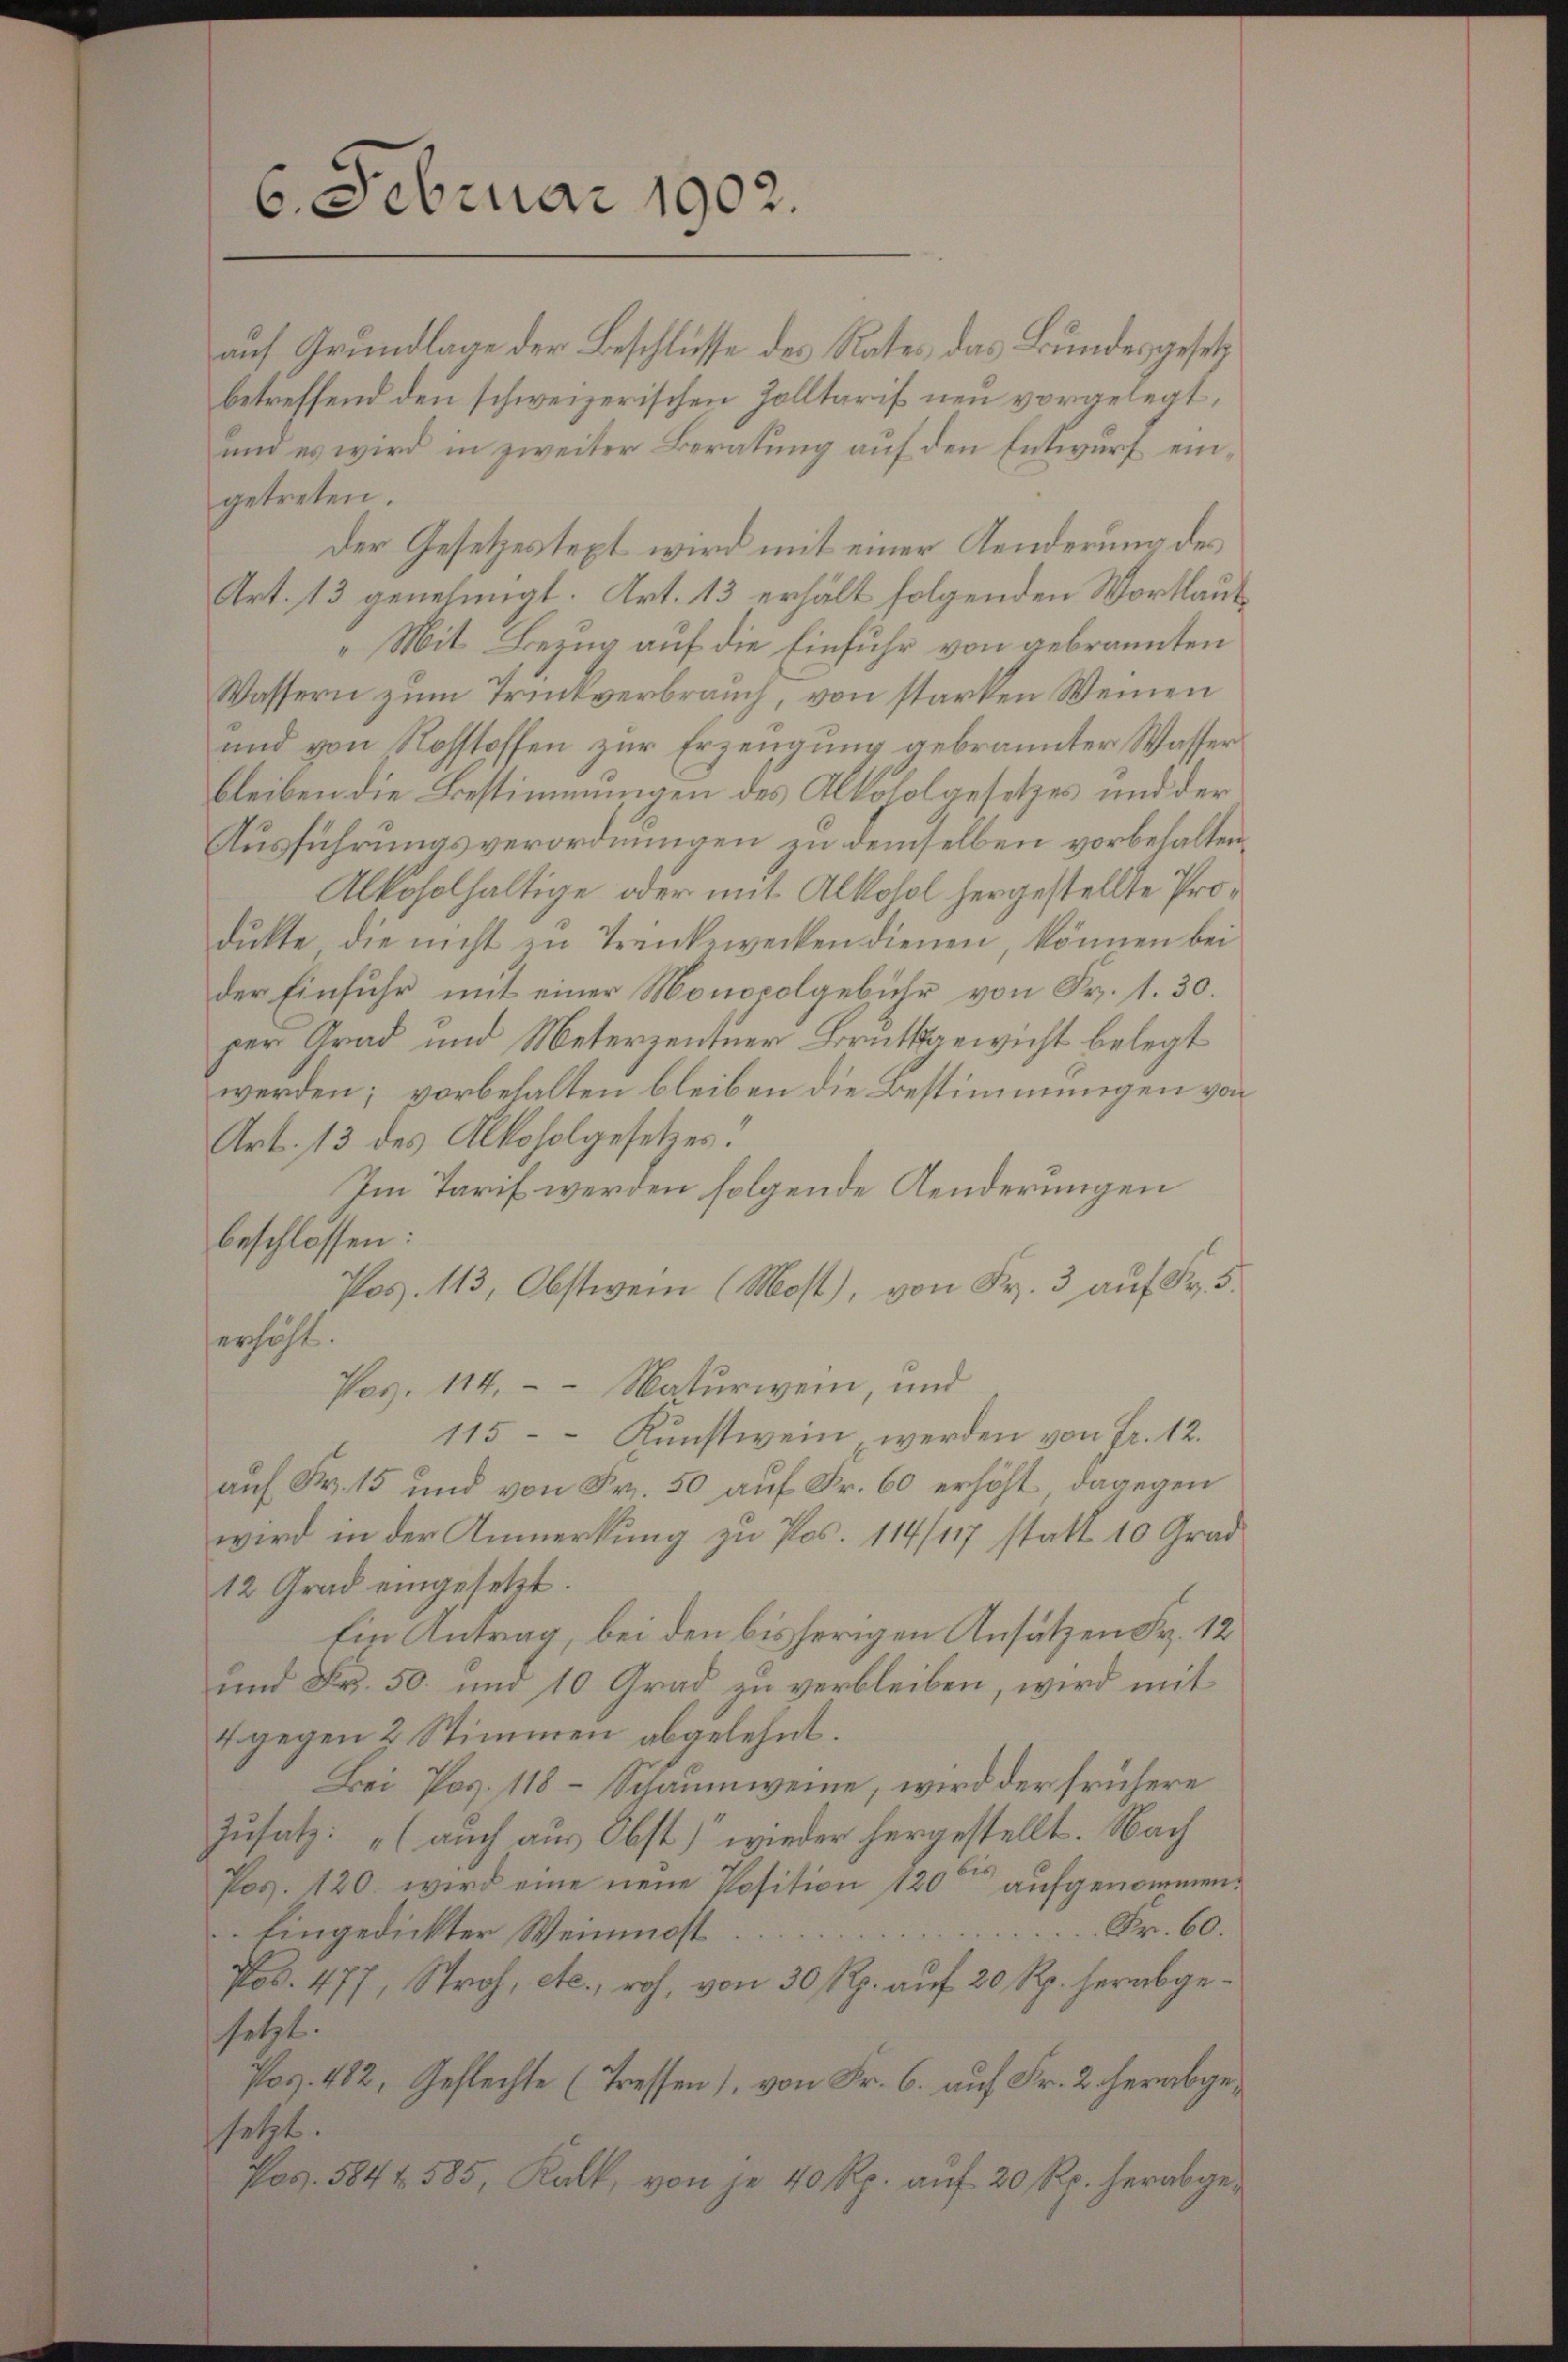
6. Februar 1902.

auf Grundlage der Beschlüsse des Rates, das Bundesgesetz
betreffend den schweizerischen Zolltarif neu vorgelegt,
und es wird in zweiter Beratung auf den Entwurf eingetreten.
Der Gesetzestext wird mit einer Aenderung des
Art. 13 genehmigt. Art. 13 erhält folgenden Wortlau¬
„Mit Bezug auf die Einfuhr von gebrannten
Wassern zum Trukverbrauch, von starken Weinen
und von Nohstoffen zur Erzeugung gebrannter Wasser
bleiben die Bestimmungen des Alkoholgesetzes und der
Ausführungsverordnungen zu demselben vorbehalten
Alkoholhaltige oder mit Alkohol hergestellte Produkte die nicht zu Trenkewecken dienen, können bei
der Einfuhr mit einer Monopolgebühr von Fr. 1. 30.
per Grad und Meterzentner Bratsgewicht belegt
werden; vorbehalten bleiben die Bestimmungen von
Art. 13 des Alkoholgesetzes.
Im Tarif werden folgende Aenderungen
beschlossen:
Pos. 113, Obstwein (Most), von Fr. 3 auf Fr. 5.
erhöht.
Pos. 114. Naturwein, und
115 Kunstwein, werden von Fr. 12.
auf Fr. 15 und von Fr. 50 auf Fr. 60 erhöht, dagegen
wird in der Anmerkung zu Pos. 114/117 statt 10 Grad
12 Grad eingesetzt.
Ein Antrag, bei den bisherigen Ansätzen Fr. 12
und Fr. 50. und 10 Grad zu verbleiben, wird mit
4 gegen 2 Stimmen abgelehnt.
Bei Pag. 118 – Schaumweine, wird der frühere
Zusatz: „(auch aus Obst) wieder hergestellt. Nach
Pos. 120. wird eine neue Position 120 aufgenommen.
Fr. 60
Eingedickter Weinmost
Pos. 477, Stroh, etc., roh, von 30 Rp. auf 20 Rp. herabgesetzt.
Pos. 482, Geflechte (Tressen), von Fr. 6. auf Fr. 2. herabgesetzt.
Pag. 5842. 585, Kalk, von je 40 Rp. auf 20 Rp. herabge¬